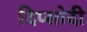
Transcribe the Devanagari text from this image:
दिप्सोदी